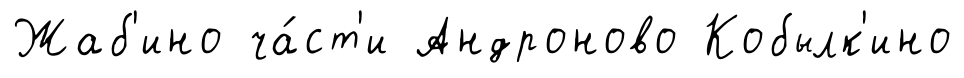
Жаб'ино ча́ст'и Андроново Кобылк'ино